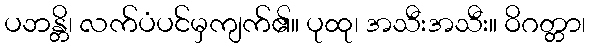
ပဘန္တိ၊ လက်ပံပင်မှကျက်၏။ ပုထု၊ အသီးအသီး။ ဝိဂတ္တာ၊